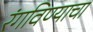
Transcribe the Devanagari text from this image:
रंगविण्याचा